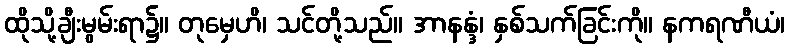
ထိုသို့ချီးမွမ်းရာ၌။ တုမှေဟိ၊ သင်တို့သည်။ အာနန္ဒံ၊ နှစ်သက်ခြင်းကို။ နကရဏီယံ၊